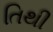
તિથી